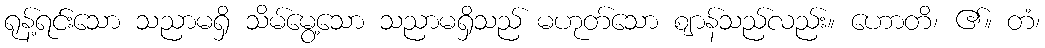
ရုန့်ရင်းသော သညာမရှိ သိမ်မွေ့သော သညာမရှိသည် မဟုတ်သော ဈာန်သည်လည်း။ ဟောတိ၊ ၏။ တံ၊